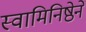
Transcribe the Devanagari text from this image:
स्वामिनिष्ठेने